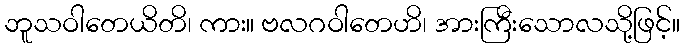
ဘူသဝါတေယိတိ၊ ကား။ ဗလဂဝါတေဟိ၊ အားကြီးသောလသို့ဖြင့်။